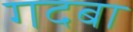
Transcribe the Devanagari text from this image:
गदबा